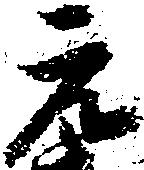
元